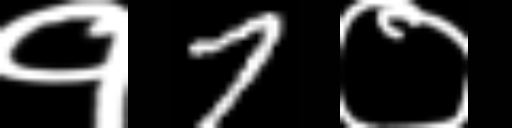
Text: १7०